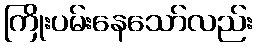
ကြိုးပမ်းနေသော်လည်း